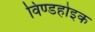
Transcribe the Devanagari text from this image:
विण्डहोइक